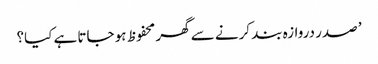
’ صدر دروازہ بند کرنے سے گھر محفوظ ہو جاتا ہے کیا؟